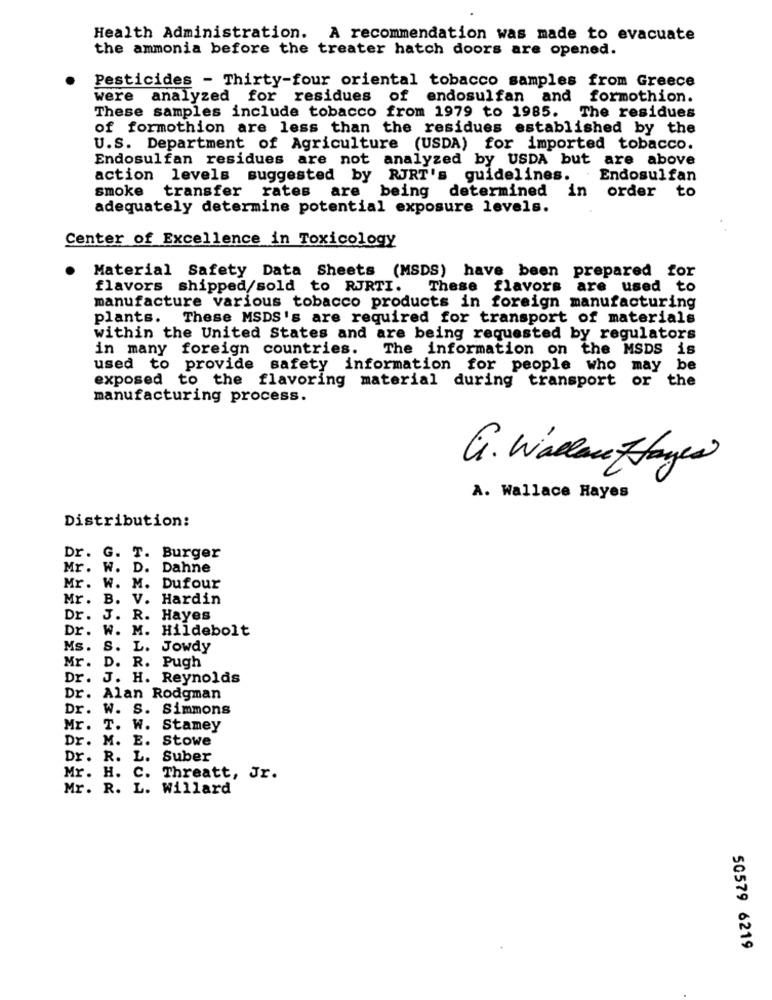
Health Administration. A recommendation was made to evacuate
the ammonia before the treater hatch doors are opened.
Pesticides - Thirty-four oriental tobacco samples from Greece
were analyzed for residues of endosulfan and
formothion.
These samples include tobacco from 1979 to 1985. The residues
of formothion are less than the residues established by the
U.S. Department of Agriculture (USDA) for imported tobacco.
Endosulfan residues are not analyzed by USDA but are above
action levels suggested by RJRT's guidelines.
Endosulfan
smoke transfer
being determined
rates are
in order to
adequately determine potential exposure levels.
Center of Excellence in Toxicology
Material Safety Data Sheets (MSDS) have been prepared for
flavors shipped/sold to RJRTI.
These flavors are used to
manufacture various tobacco products in foreign manufacturing
plants. These MSDS's are required for transport of materials
within the United States and are being requested by regulators
in many foreign countries.
The information on the MSDS is
used to provide safety information for people who may be
exposed to the flavoring material during transport
or the
manufacturing process.
G . Wallace Hayes
A. Wallace Hayes
Distribution:
Dr. G. T. Burger
Mr. W. D. Dahne
Mr. W. M. Dufour
Mr. B. V. Hardin
Dr. J. R. Hayes
Dr. W. M. Hildebolt
Ms. S. L. Jowdy
Mr. D. R. Pugh
Dr. J. H. Reynolds
Dr. Alan Rodgman
Dr. W. S. Simmons
Mr. T. W. Stamey
Dr. M. E. Stowe
Dr. R. L. Suber
Mr. H. C. Threatt, Jr.
Mr. R. L. Willard
50579 6219